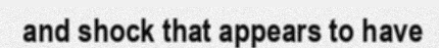
and shock that appears to have